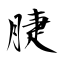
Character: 脻